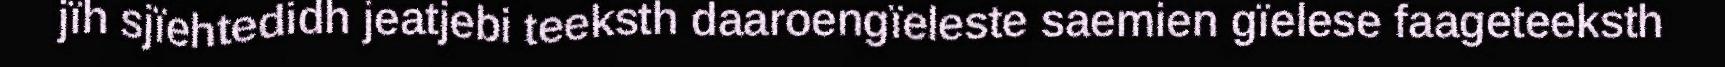
jïh sjïehtedidh jeatjebi teeksth daaroengïeleste saemien gïelese faageteeksth